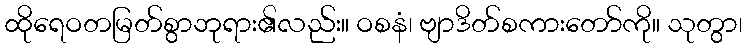
ထိုရေဝတမြတ်စွာဘုရား၏လည်း။ ဝစနံ၊ ဗျာဒိတ်စကားတော်ကို။ သုတွာ၊